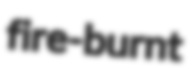
fire-burnt